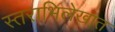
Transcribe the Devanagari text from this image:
स्तराभिलेखात